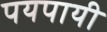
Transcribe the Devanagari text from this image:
पयपायी